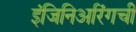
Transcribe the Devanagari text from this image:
इंजिनिअरिंगची